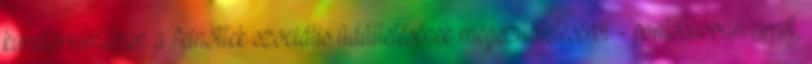
kuratóriumában a felnőttek szociális üdültetésének megszüntetéséről - pontosabban arról,